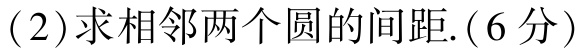
(2)求相邻两个圆的间距.(6分)